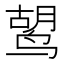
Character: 𫛷